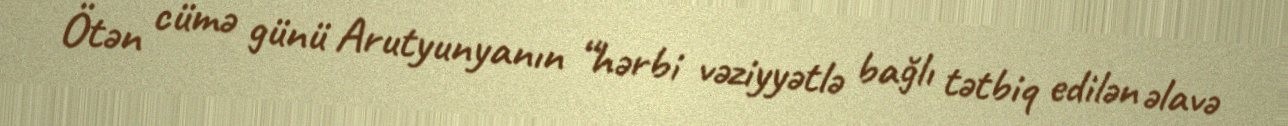
Ötən cümə günü Arutyunyanın “hərbi vəziyyətlə bağlı tətbiq edilən əlavə